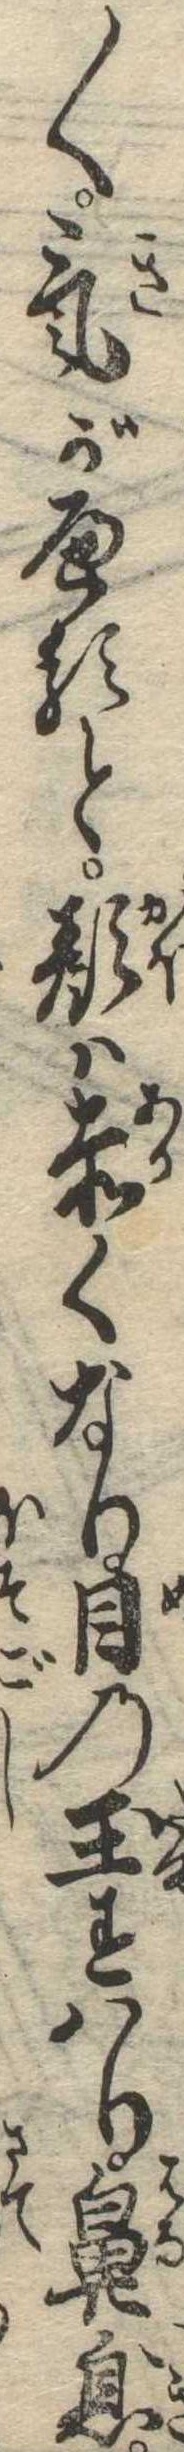
〱気がへると顔は赤くなり目の玉すはり鼻息